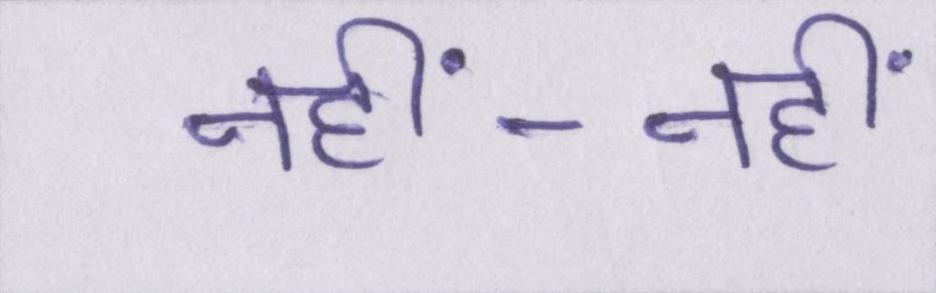
नहीं-नहीं